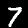
Label: 7